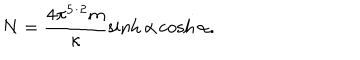
LaTeX: N = \frac { 4 \pi ^ { 5 / 2 } m } { \kappa } \sinh \alpha \cosh \alpha .